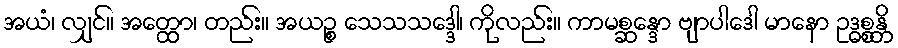
အယံ၊ လျှင်။ အတ္ထော၊ တည်း။ အယဉ္စ သေသသဒ္ဒေါ၊ ကိုလည်း။ ကာမစ္ဆန္ဒော ဗျာပါဒေါ မာနော ဥဒ္ဓစ္စန္တိ